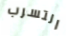
التسرب